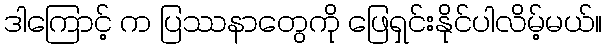
ဒါကြောင့် က ပြဿနာတွေကို ဖြေရှင်းနိုင်ပါလိမ့်မယ်။